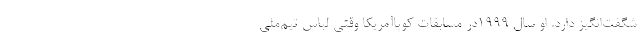
شگفت‌انگیز دارد. او سال 1999در مسابقات کوپاآمریکا وقتی لباس تیم‌ملی